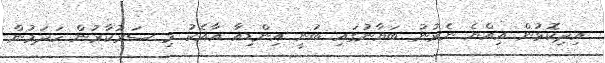
އިދިކޮޅުން އިއްޔެ ނެރުނު ބަޔާނުގައި ބުނީ އިންޑިއާ އާއެކު މި ސަރުކާރުން ހަދަމުން